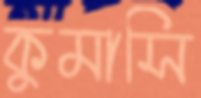
কুমাসি